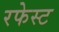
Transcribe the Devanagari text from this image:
रफेस्ट